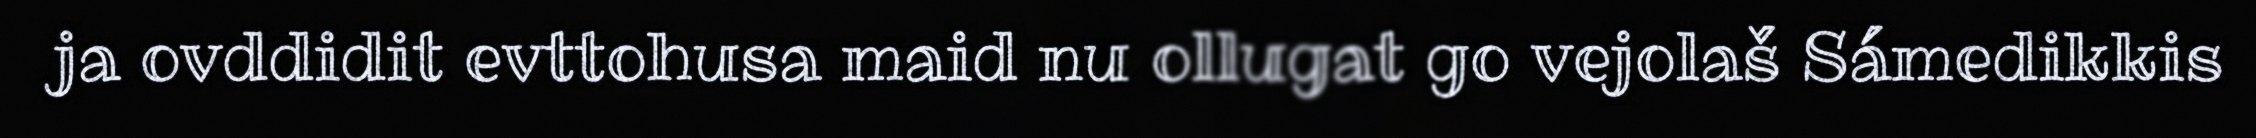
ja ovddidit evttohusa maid nu ollugat go vejolaš Sámedikkis